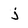
Character: j